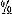
%